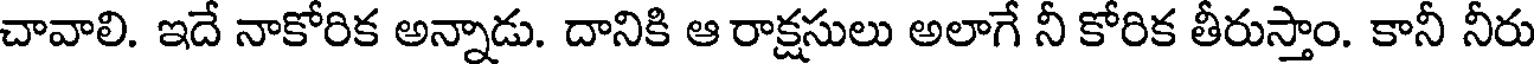
చావాలి. ఇదే నాకోరిక అన్నాడు. దానికి ఆ రాక్షసులు అలాగే నీ కోరిక తీరుస్తాం. కానీ నీరు